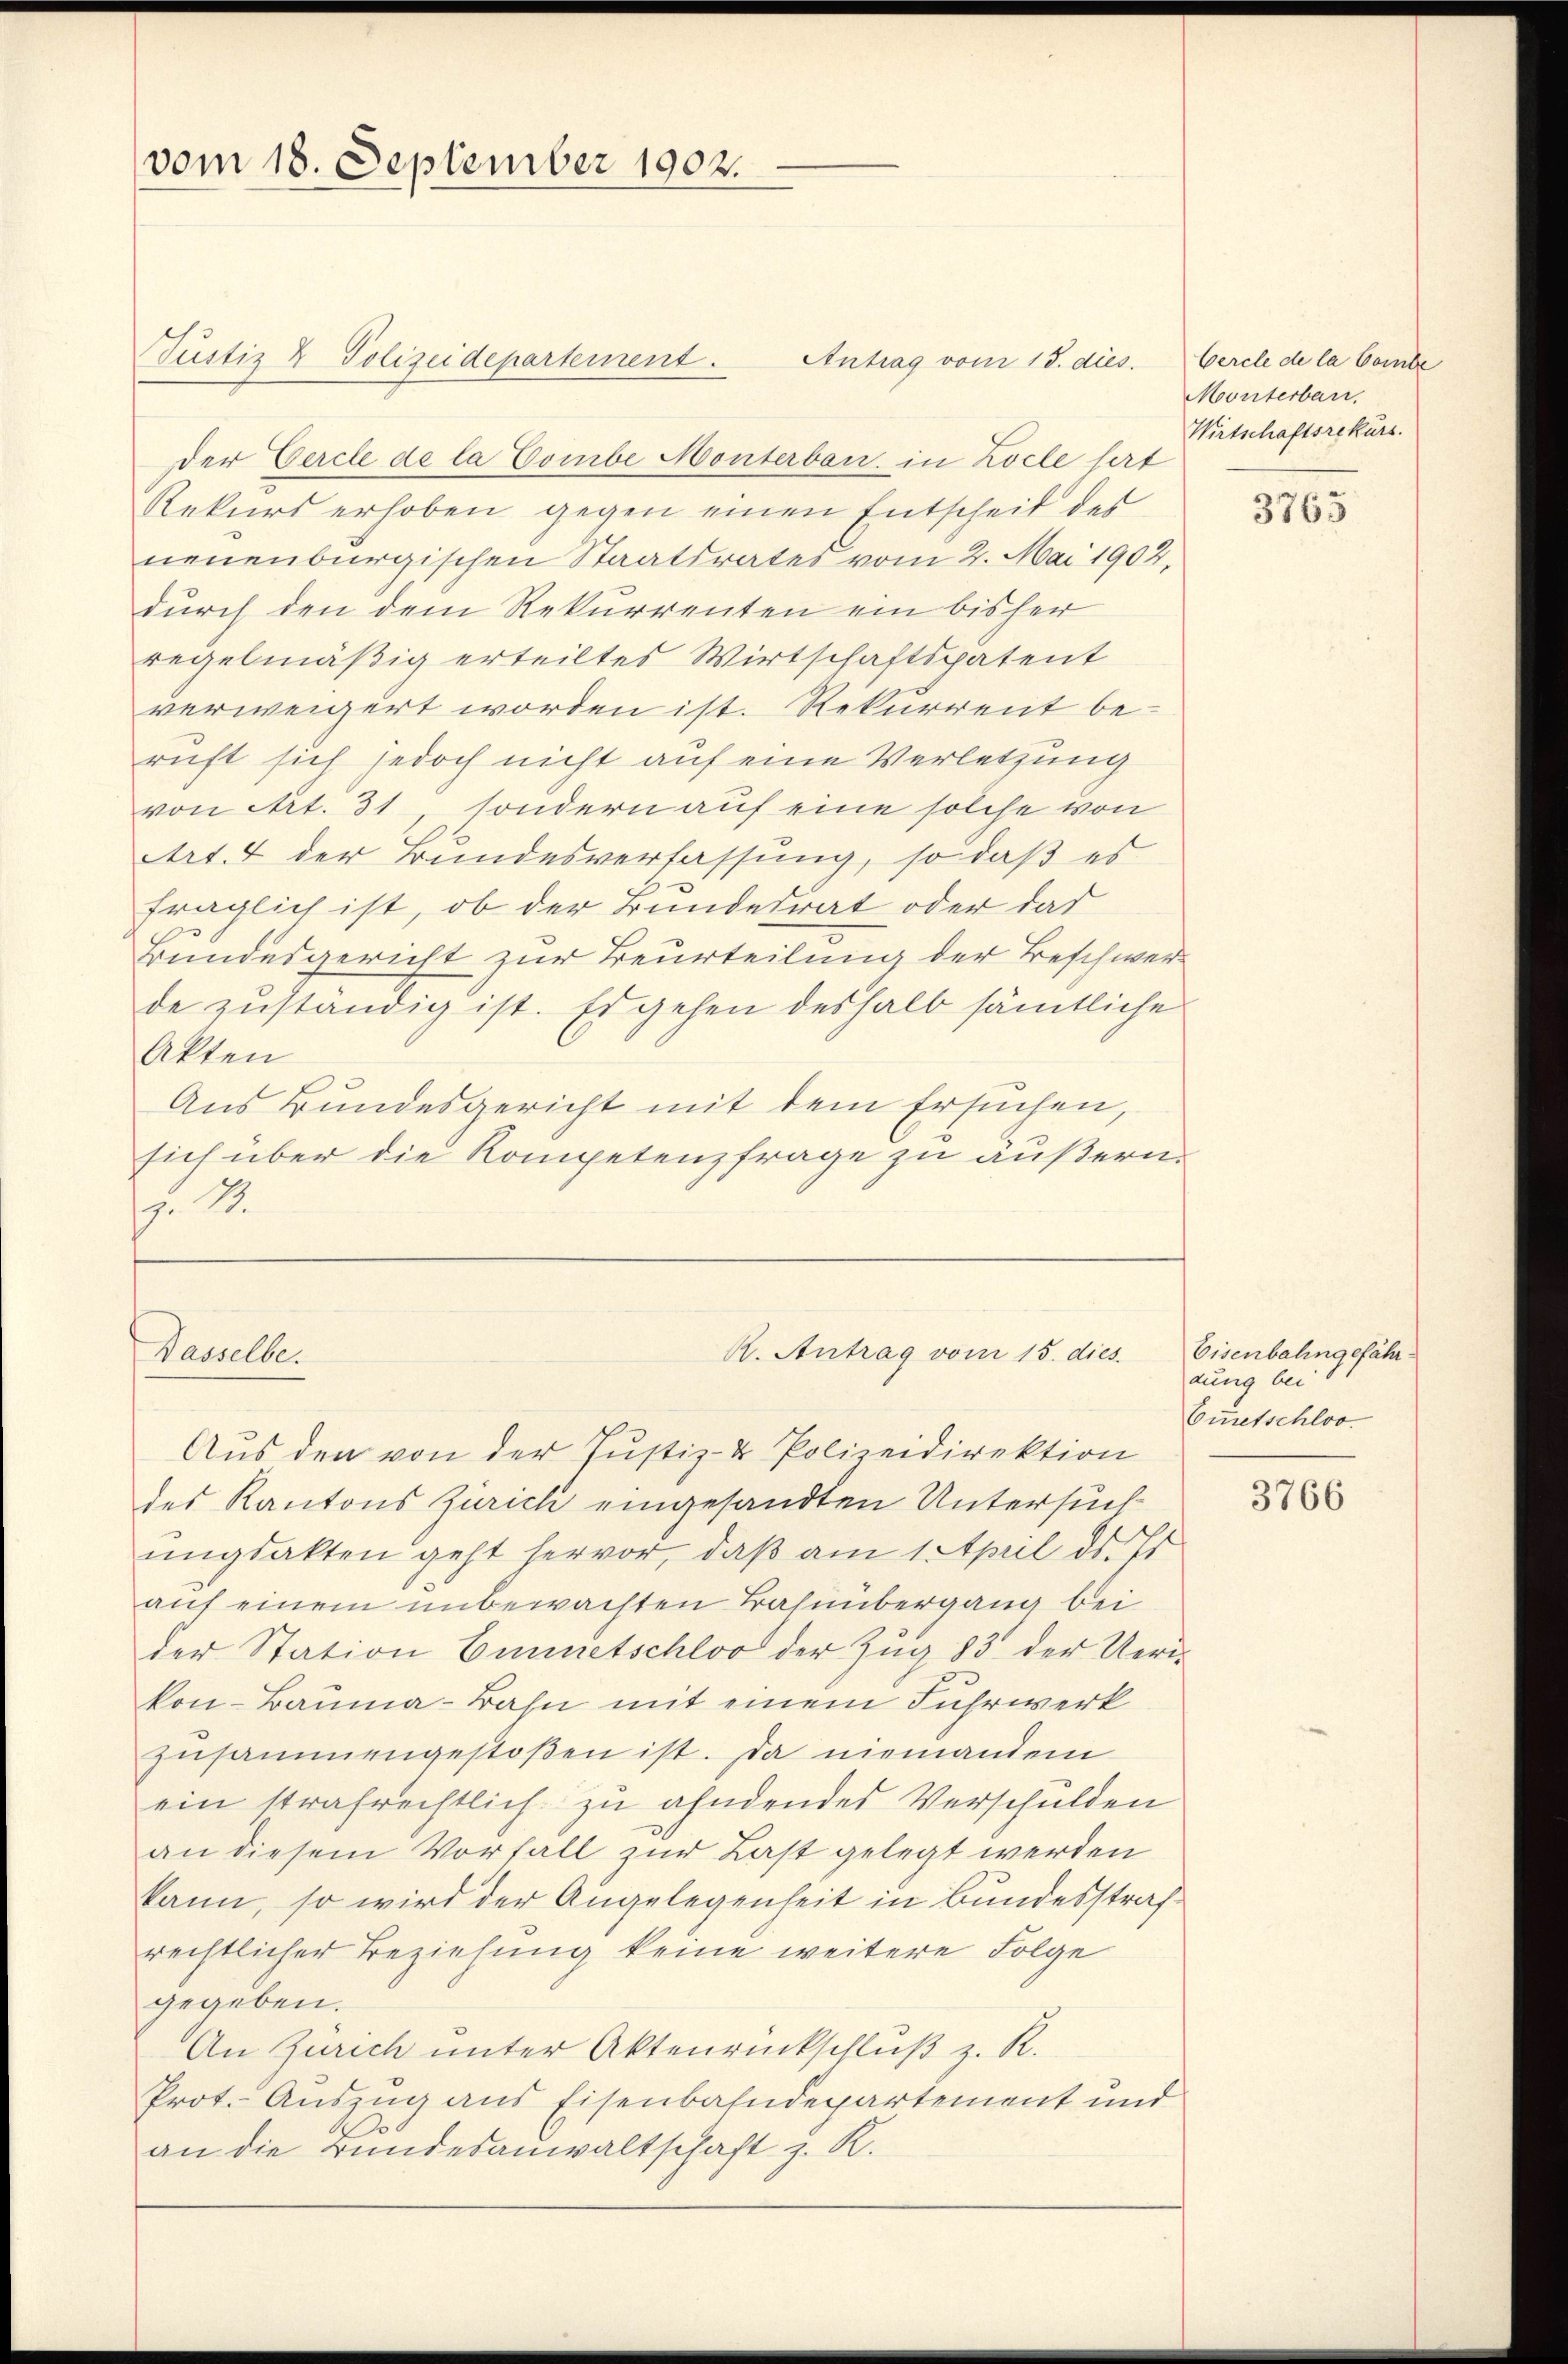
vom 18. September 1902.

Justiz & Polizeidepartement.
der Gercele de la Gombe Monterbau in Locle hart
Rekurs erhoben gegen einen Entscheit des
neuenburgischen Staatsrates vom 2. Mai 1902,
durch den dem Rekurrenten ein bisher
regelmäßig erteiltes Wirtschaftspatent
verweigert worden ist. Rekurrent beruft sich jedoch nicht auf eine Verletzung
von Art. 31, sondern auf eine solche von
Art. 4 der Bundesverfassung, so daß es
fraglich ist, ob der Bundesrat oder das
Bundesgericht zur Beurteilung der Beschwerde zuständig ist. Es gehen deshalb sämtliche
Akten
Aus Bundesgericht mit dem Ersuchen,
sich über die Kompetenzfrage zu äußern.
f. 1.

Wasselbe.

Antrag vom 15. dies. Cercle de la Comte

R. Antrag vom 15. dies

Aus den von der Justiz- & Polizeidirektion
des Kantons Zürich eingesandten Untersuch
ungsakten geht hervor, daß am 1 April ds. Es
auf einem unbewachten Basenbergang bei
der Station Emmetschlos der Zug 83 der Ueri-
kon-Bauma-Bahn mit einem Fuhrwerk
zusammengestoßen ist. Da niemanden
ein strafrechtlich zu ahndendes Verschulden
an diesem Vorfall zur Last gelegt werden
kann, so wird der Angelegenheit in Bundesstrafrechtlicher Beziehung keine weitere Folge
gegeben.
An Zürich unter Aktenrückschluß z. R.
Prot. Auszug aus Eisenbahndepartement und
an die Bundesanwaltschaft z. R.

Monterbar.
Wirtschaftsrekurs.

3765

Eisenbahngefährdung bei
Euetschlos

3766